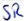
Text: SR